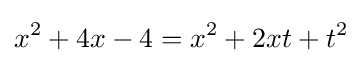
x^{2}+4x-4=x^{2}+2xt+t^{2}